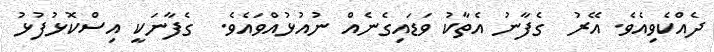
ދެއްކެވިއެވެ. އޭރު  ގެފާނު އެތާކު ވަޑައިގެނެއް ނުއުޅުއްވައެވެ.  ގެފާނަކީ އިސްކޮޅުފުޅު